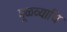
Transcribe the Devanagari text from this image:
मूळव्याधि